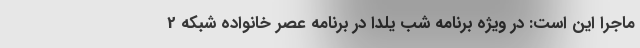
ماجرا این است: در ویژه برنامه شب یلدا در برنامه عصر خانواده شبکه 2